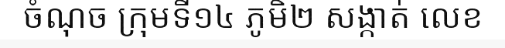
ចំណុច ក្រុមទី១៤ ភូមិ២ សង្កាត់ លេខ